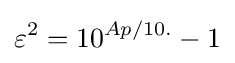
\varepsilon ^{2}=10^{Ap/10.}-1